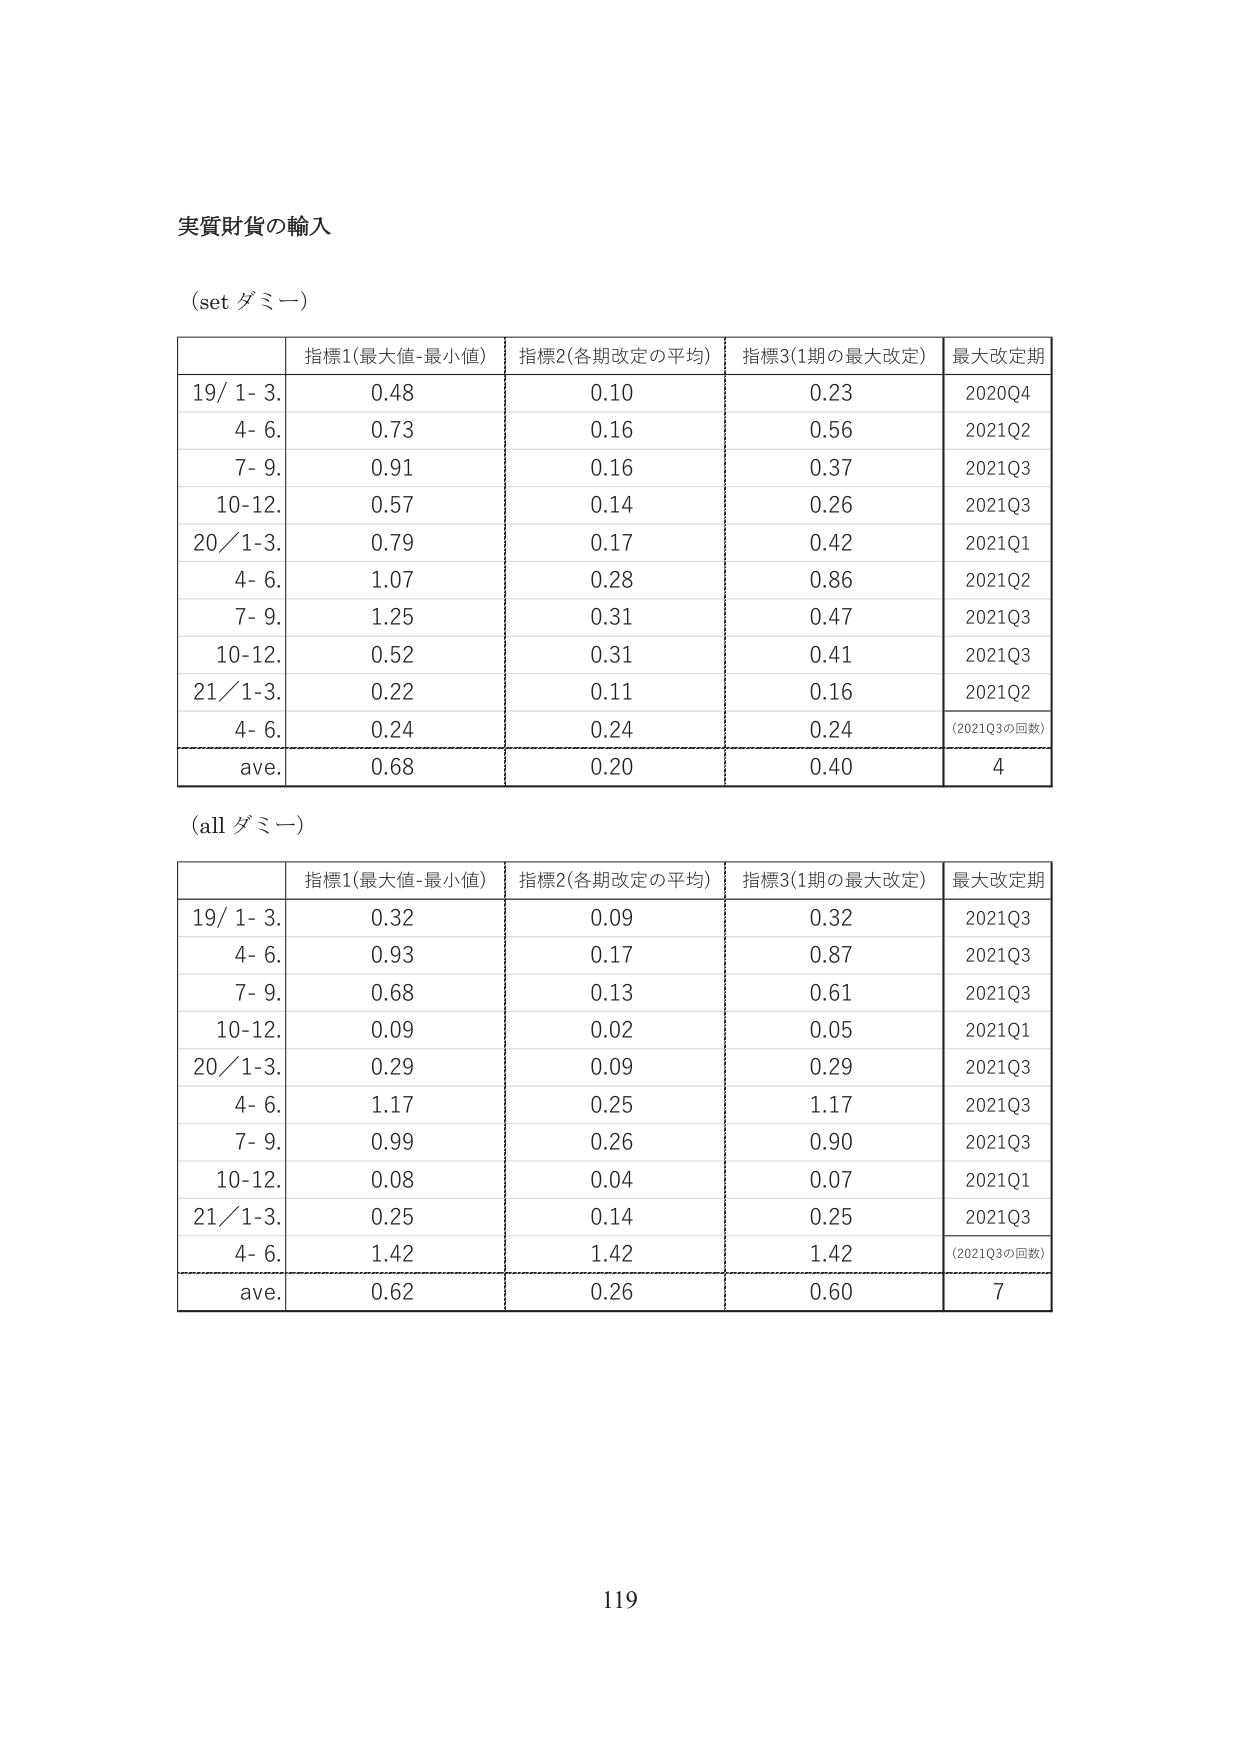
実質財貨の輸入

(set ダミー)

| | 指標1(最大値-最小値) | 指標2(各期改定の平均) | 指標3(1期の最大改定) | 最大改定期 |
|---|---|---|---|---|
| 19/ 1- 3. | 0.48 | 0.10 | 0.23 | 2020Q4 |
| 4- 6. | 0.73 | 0.16 | 0.56 | 2021Q2 |
| 7- 9. | 0.91 | 0.16 | 0.37 | 2021Q3 |
| 10-12. | 0.57 | 0.14 | 0.26 | 2021Q3 |
| 20/ 1-3. | 0.79 | 0.17 | 0.42 | 2021Q1 |
| 4- 6. | 1.07 | 0.28 | 0.86 | 2021Q2 |
| 7- 9. | 1.25 | 0.31 | 0.47 | 2021Q3 |
| 10-12. | 0.52 | 0.31 | 0.41 | 2021Q3 |
| 21/ 1-3. | 0.22 | 0.11 | 0.16 | 2021Q2 |
| 4- 6. | 0.24 | 0.24 | 0.24 | (2021Q3の回数) |
| ave. | 0.68 | 0.20 | 0.40 | 4 |

(all ダミー)

| | 指標1(最大値-最小値) | 指標2(各期改定の平均) | 指標3(1期の最大改定) | 最大改定期 |
|---|---|---|---|---|
| 19/ 1- 3. | 0.32 | 0.09 | 0.32 | 2021Q3 |
| 4- 6. | 0.93 | 0.17 | 0.87 | 2021Q3 |
| 7- 9. | 0.68 | 0.13 | 0.61 | 2021Q3 |
| 10-12. | 0.09 | 0.02 | 0.05 | 2021Q1 |
| 20/ 1-3. | 0.29 | 0.09 | 0.29 | 2021Q3 |
| 4- 6. | 1.17 | 0.25 | 1.17 | 2021Q3 |
| 7- 9. | 0.99 | 0.26 | 0.90 | 2021Q3 |
| 10-12. | 0.08 | 0.04 | 0.07 | 2021Q1 |
| 21/ 1-3. | 0.25 | 0.14 | 0.25 | 2021Q3 |
| 4- 6. | 1.42 | 1.42 | 1.42 | (2021Q3の回数) |
| ave. | 0.62 | 0.26 | 0.60 | 7 |

119